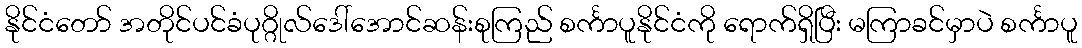
နိုင်ငံတော် အတိုင်ပင်ခံပုဂ္ဂိုလ်ဒေါ်အောင်ဆန်းစုကြည် စင်္ကာပူနိုင်ငံကို ရောက်ရှိပြီး မကြာခင်မှာပဲ စင်္ကာပူ